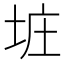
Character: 𪣐